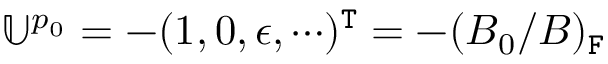
\mathbb { U } ^ { p _ { 0 } } = - ( 1 , 0 , \epsilon , \cdots ) ^ { \mathtt { T } } = - ( B _ { 0 } / B ) _ { \mathtt { F } }